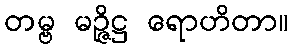
တမ္ဗ မဉ္ဇိဋ္ဌ ရောဟိတာ။